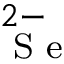
_ \textrm { S e } ^ { 2 - }